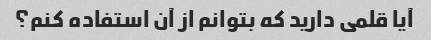
آیا قلمی دارید که بتوانم از آن استفاده کنم؟